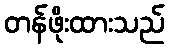
တန်ဖိုးထားသည်